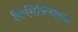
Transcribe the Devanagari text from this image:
किमिक्च्छिक